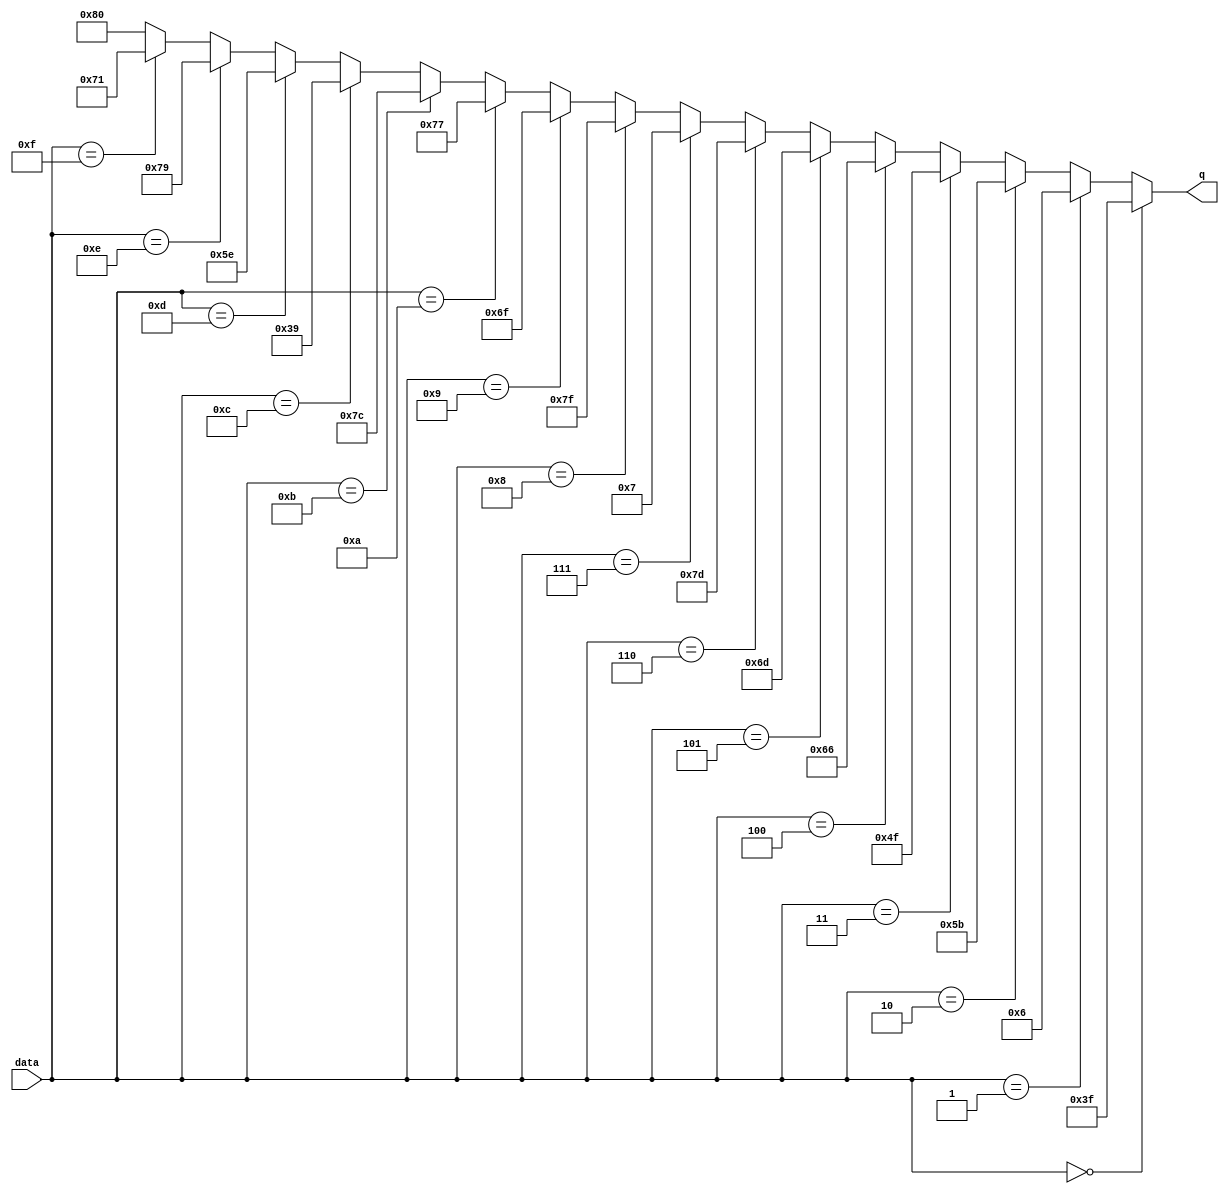
`timescale 1ns / 1ps
`default_nettype none

module seg7decoder(data, q);
    input  wire [3:0] data;
    output wire [7:0] q;

    wire [7:0] nq;

    assign q = nq;

    assign nq = (data == 4'h0) ? 8'b00111111 :
                (data == 4'h1) ? 8'b00000110 :
                (data == 4'h2) ? 8'b01011011 :
                (data == 4'h3) ? 8'b01001111 :
                (data == 4'h4) ? 8'b01100110 :
                (data == 4'h5) ? 8'b01101101 :
                (data == 4'h6) ? 8'b01111101 :
                (data == 4'h7) ? 8'b00000111 :
                (data == 4'h8) ? 8'b01111111 :
                (data == 4'h9) ? 8'b01101111 :
                (data == 4'hA) ? 8'b01110111 :
                (data == 4'hB) ? 8'b01111100 :
                (data == 4'hC) ? 8'b00111001 :
                (data == 4'hD) ? 8'b01011110 :
                (data == 4'hE) ? 8'b01111001 :
                (data == 4'hF) ? 8'b01110001 :
                8'b10000000;
endmodule